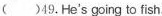
( )49.He's going to fish.